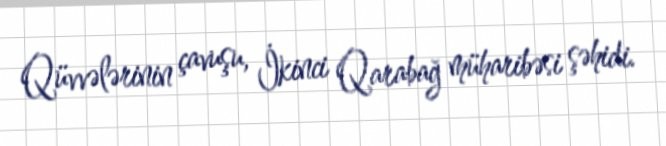
Qüvvələrinin çavuşu, İkinci Qarabağ müharibəsi şəhidi.